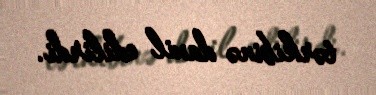
tərkibinə daxil edilirdi.